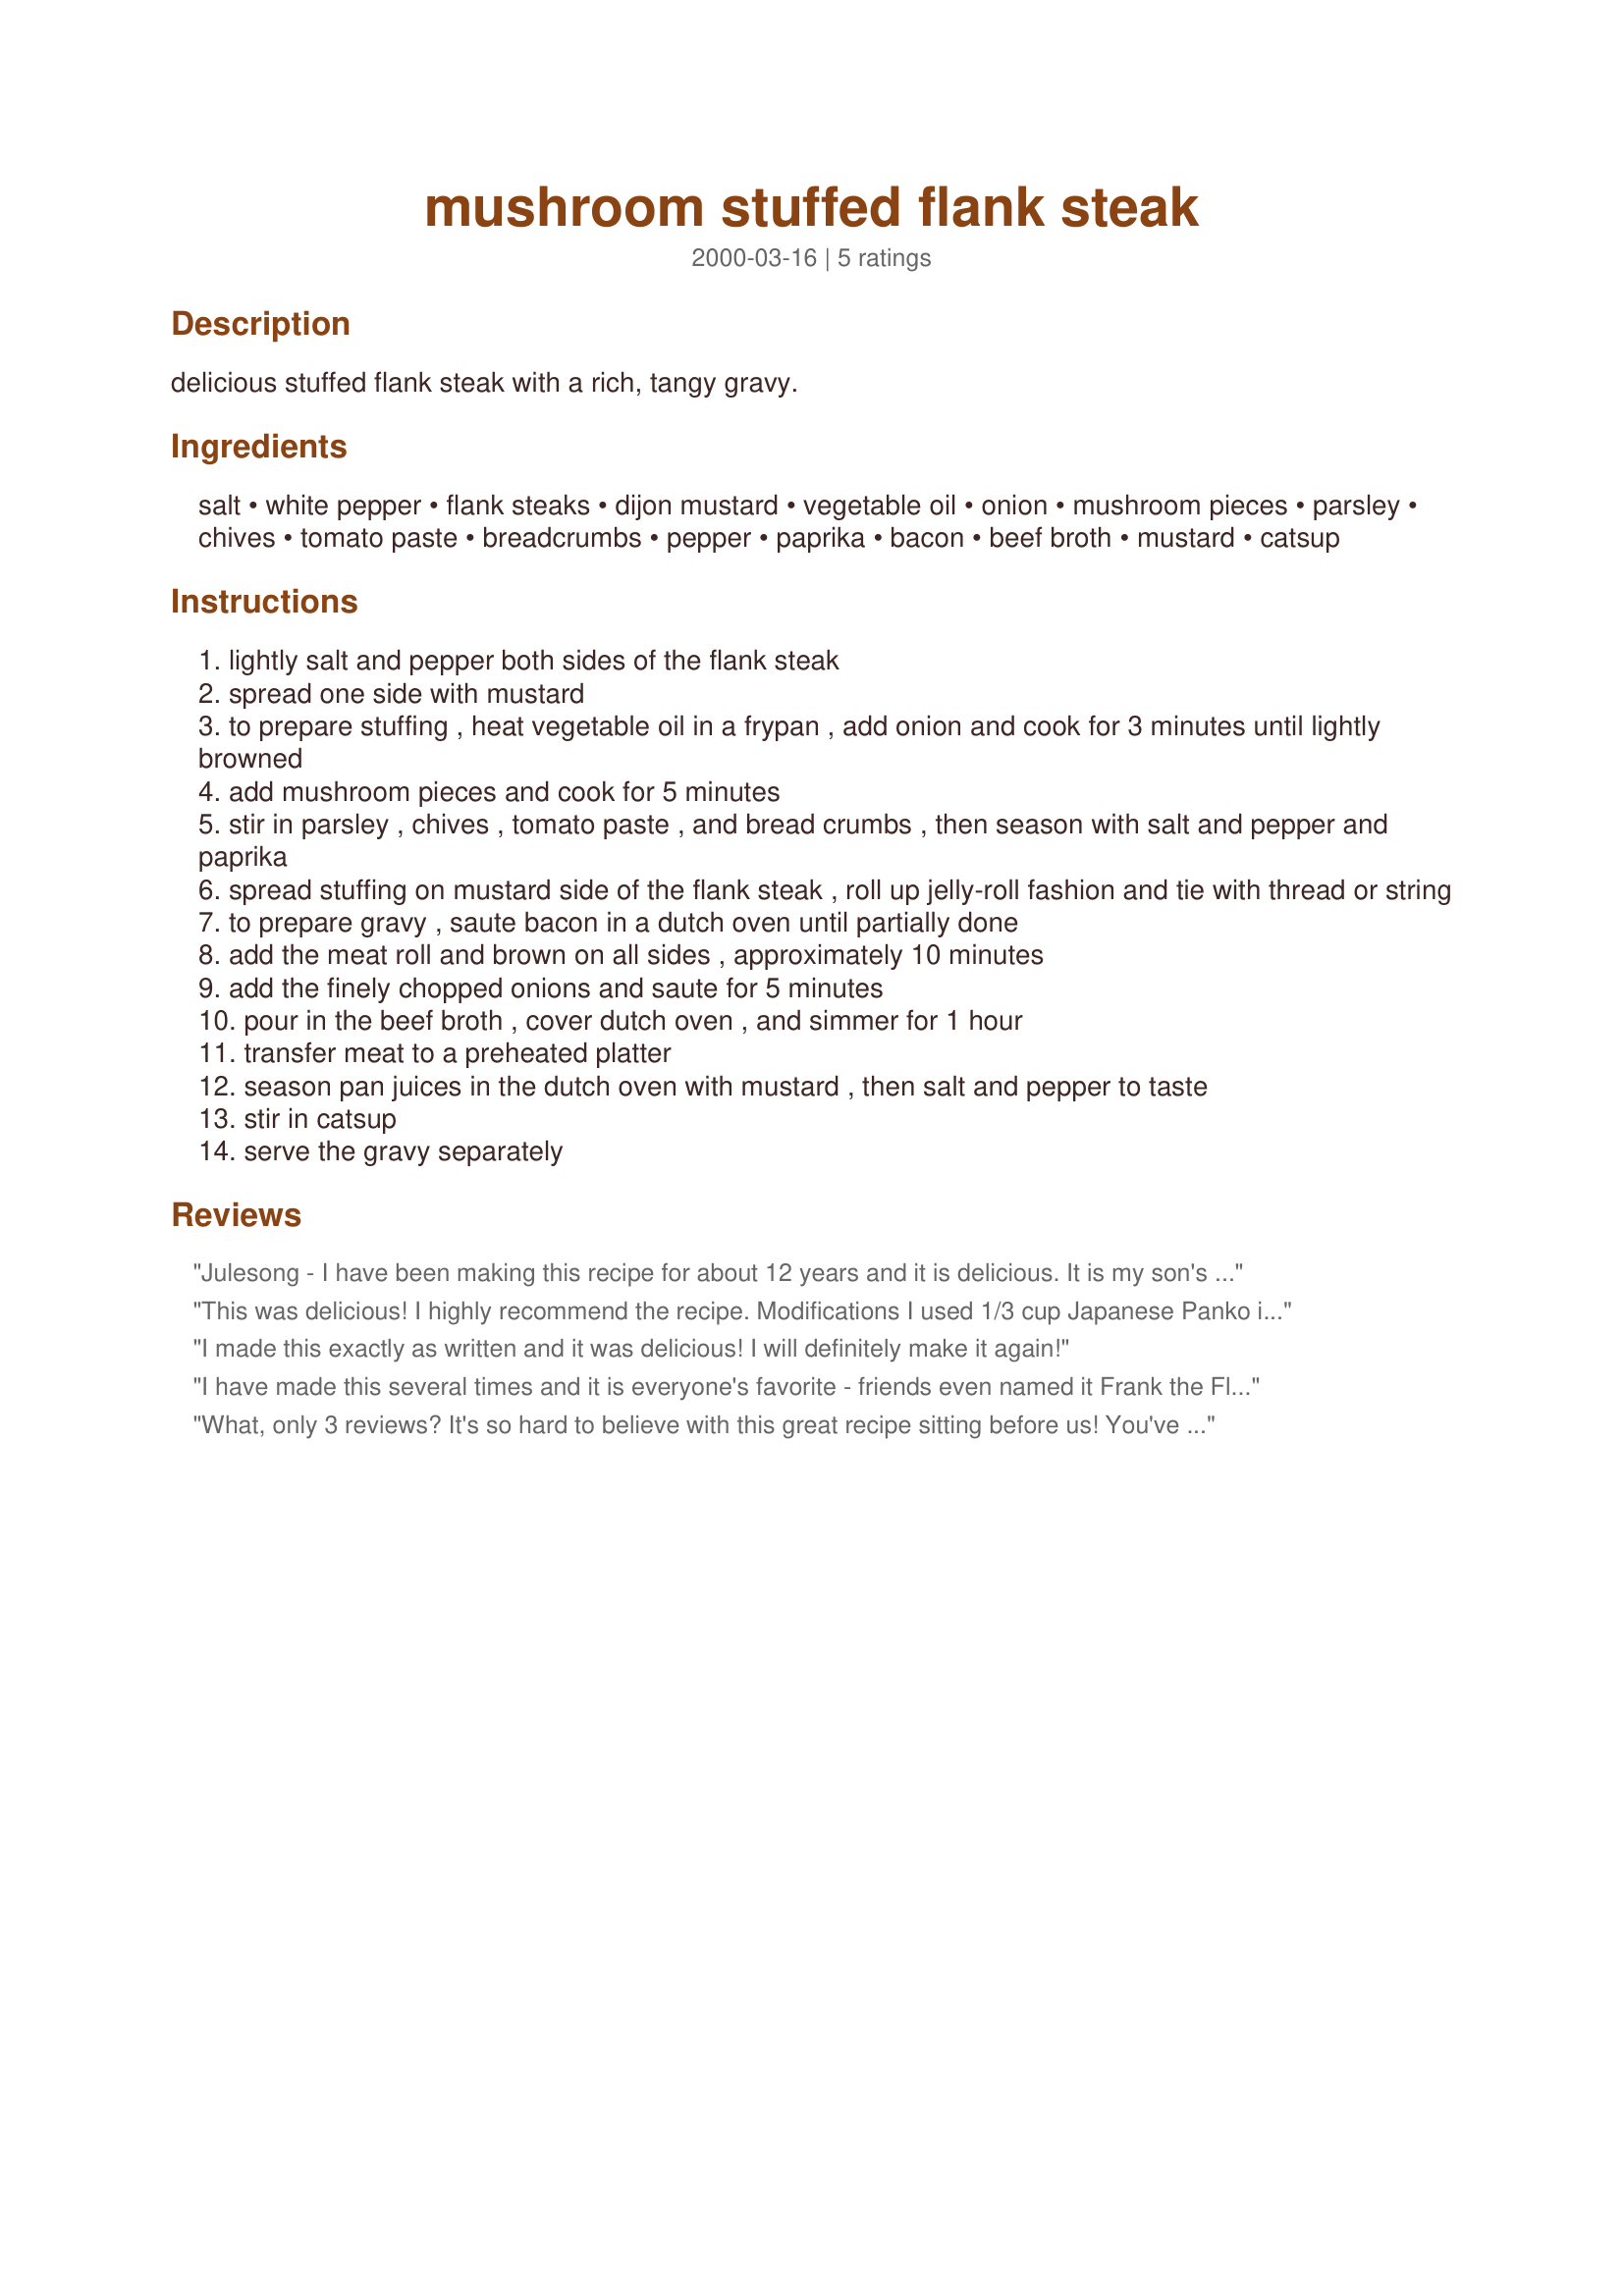
mushroom stuffed flank steak
Preparation time: 0 minutes

delicious stuffed flank steak with a rich, tangy gravy.

Ingredients:
salt, white pepper, flank steaks, dijon mustard, vegetable oil, onion, mushroom pieces, parsley, chives, tomato paste, breadcrumbs, pepper, paprika, bacon, beef broth, mustard, catsup

Steps:
lightly salt and pepper both sides of the flank steak
spread one side with mustard
to prepare stuffing , heat vegetable oil in a frypan , add onion and cook for 3 minutes until lightly browned
add mushroom pieces and cook for 5 minutes
stir in parsley , chives , tomato paste , and bread crumbs , then season with salt and pepper and paprika
spread stuffing on mustard side of the flank steak , roll up jelly-roll fashion and tie with thread or string
to prepare gravy , saute bacon in a dutch oven until partially done
add the meat roll and brown on all sides , approximately 10 minutes
add the finely chopped onions and saute for 5 minutes
pour in the beef broth , cover dutch oven , and simmer for 1 hour
transfer meat to a preheated platter
season pan juices in the dutch oven with mustard , then salt and pepper to taste
stir in catsup
serve the gravy separately

Reviews:
Julesong - I have been making this recipe for about 12 years and it is delicious. It is my son's favorite "Sunday Best" meal and I make mashed potatoes to go with the gravy because it is such great gravy. Thanks for posting the recipe to my favorite recipe site!
This was delicious! I highly recommend the recipe.

Modifications
I used 1/3 cup Japanese Panko instead of breadcrumbs and only a tsp of oil. Also, substituted chopped green onion and cilantro for the chives and parsley as it's what I had on hand.
I made this exactly as written and it was delicious! I will definitely make it again!
I have made this several times and it is everyone's favorite - friends even named it Frank the Flank - it is a great, simple recipe! You should certainly give it a try! You won't be sorry!
What, only 3 reviews? It's so hard to believe with this great recipe sitting before us! You've got to try this and see for yourself how good it is! It makes lots of gravy, so have some extra crusty bread handy!
